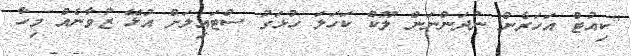
"ކިއުޓް އަހަރެން ނުދަންނަން ލޫކް ކަހަލަ ހުޅަގު ސްޓައިލަށް އުޅޭ ޒުވާނެއް މިހާ